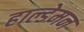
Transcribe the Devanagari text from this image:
हाल्डेमन